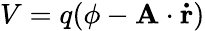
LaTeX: V=q(\phi-\mathbf{A}\cdot\mathbf{\dot{r}})